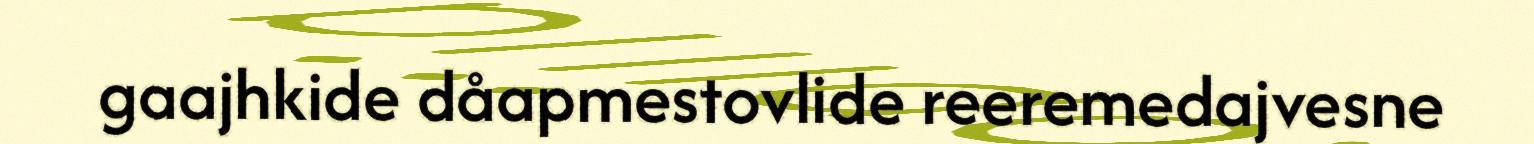
gaajhkide dåapmestovlide reeremedajvesne